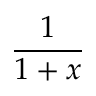
\frac { 1 } { 1 + x }